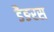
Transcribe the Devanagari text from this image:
डैङरस